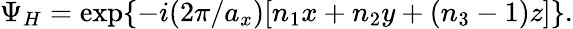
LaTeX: \Psi_{H}=\exp\{ -i(2\pi/a_{x})[n_{1}x+n_{2}y+(n_{3}-1)z]\} .